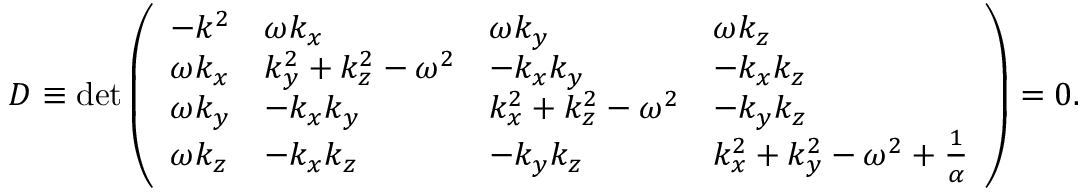
D \equiv \mathrm { { d e t } } \left( \begin{array} { l l l l } { { - k ^ { 2 } } } & { { \omega k _ { x } } } & { { \omega k _ { y } } } & { { \omega k _ { z } } } \\ { { \omega k _ { x } } } & { { k _ { y } ^ { 2 } + k _ { z } ^ { 2 } - \omega ^ { 2 } } } & { { - k _ { x } k _ { y } } } & { { - k _ { x } k _ { z } } } \\ { { \omega k _ { y } } } & { { - k _ { x } k _ { y } } } & { { k _ { x } ^ { 2 } + k _ { z } ^ { 2 } - \omega ^ { 2 } } } & { { - k _ { y } k _ { z } } } \\ { { \omega k _ { z } } } & { { - k _ { x } k _ { z } } } & { { - k _ { y } k _ { z } } } & { { k _ { x } ^ { 2 } + k _ { y } ^ { 2 } - \omega ^ { 2 } + { \frac { 1 } { \alpha } } } } \end{array} \right) = 0 .